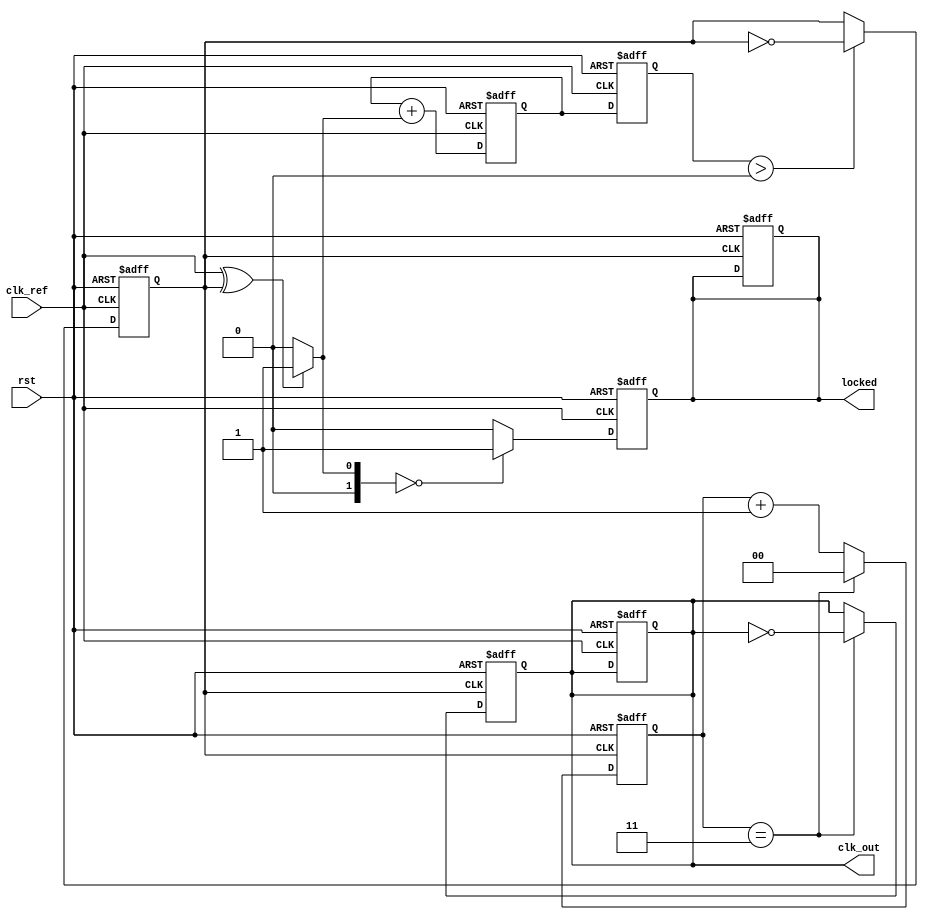
module PLL (
    input wire clk_ref,         // Reference clock input
    input wire rst,            // Reset signal
    output reg clk_out,        // Output clock
    output reg locked          // Lock indicator
);

    // Parameters
    parameter DIV_RATIO = 4;   // Division ratio for feedback
    parameter FILTER_WIDTH = 8; // Width of the loop filter control signal

    // Internal signals
    reg [FILTER_WIDTH-1:0] control_signal; // Control signal for VCO
    reg [FILTER_WIDTH-1:0] loop_filter;     // Output of the loop filter
    reg vco_output;                         // VCO output
    reg [1:0] phase_error;                  // Phase error signal
    reg [1:0] feedback;                     // Feedback from VCO

    // Phase Detector (PD) Implementation
    always @(*) begin
        // Simple XOR phase detector for two-phase signals
        phase_error = (clk_ref ^ vco_output) ? 2'b01 : 2'b00; // Phase difference
    end

    // Loop Filter Implementation (Simple Integrator)
    always @(posedge clk_ref or posedge rst) begin
        if (rst) begin
            loop_filter <= 0;
        end else begin
            // Simple first-order loop filter
            loop_filter <= loop_filter + phase_error;
        end
    end

    // Voltage-Controlled Oscillator (VCO)
    always @(posedge clk_ref or posedge rst) begin
        if (rst) begin
            control_signal <= 0;
            vco_output <= 0;
            clk_out <= 0;
        end else begin
            // Update control signal based on loop filter output
            control_signal <= loop_filter;

            // Simple VCO: change frequency based on control_signal
            if (control_signal > 0) begin
                vco_output <= ~vco_output; // Toggle VCO output
            end 
        end
    end

    // Frequency Divider
    always @(posedge vco_output or posedge rst) begin
        if (rst) begin
            feedback <= 0;
            clk_out <= 0;
            locked <= 0;
        end else begin
            feedback <= feedback + 1;
            if (feedback == (DIV_RATIO - 1)) begin
                clk_out <= ~clk_out; // Divide by DIV_RATIO to obtain output clock
                feedback <= 0; // Reset feedback counter
            end
        end
    end

    // Lock Detection
    always @(posedge clk_ref or posedge rst) begin
        if (rst) begin
            locked <= 0;
        end else begin
            // Simple lock detection (can be made more sophisticated)
            if (phase_error == 2'b00) begin
                locked <= 1; // Locked state
            end else begin
                locked <= 0; // Not locked
            end
        end
    end

endmodule